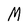
Character: M